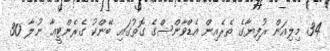
34 މިލިއަން ރުފިޔާގެ ތެރެއިން އެޑްވާންސްގެ ގޮތުގައި ބޭންކު ގެރެންޓީއާ ނުލާ 30